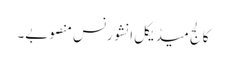
کالج میڈیکل انشورنس منصوبے۔